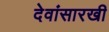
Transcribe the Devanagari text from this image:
देवांसारखी